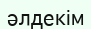
әлдекім